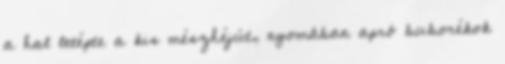
a hal letépte a kis mészhéjút, nyomában apró buborékok